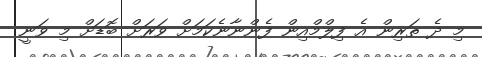
މި ދެ ތަރިން އެ ފިލްމްއިން ފެންނާނެކަމަށް ވަރަށް ބޮޑަށް މި ވަނީ